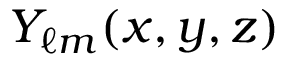
Y _ { \ell m } ( x , y , z )